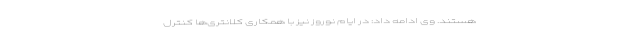
هستند. وی ادامه داد: در ایام نوروز نیز با همکاری کلانتری‌ها کنترل